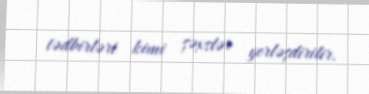
tədbirləri kimi şəxslər yerləşdirilir.